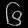
Digit: ၆